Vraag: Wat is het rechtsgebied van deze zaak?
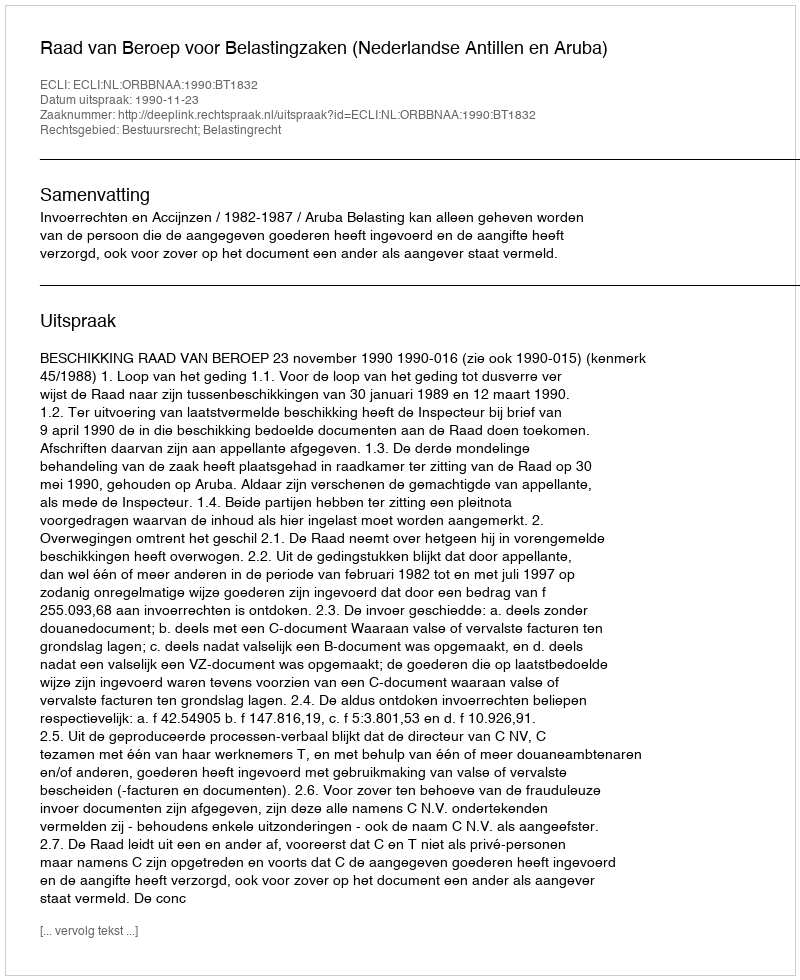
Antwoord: Bestuursrecht; Belastingrecht